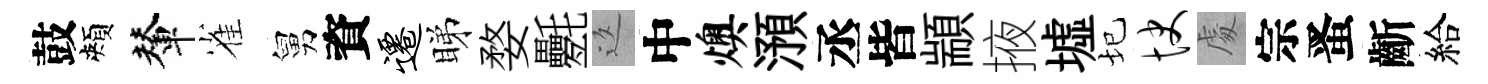
鼓頰輦雀舅資迁睇婺氎返中燠澦丞皆顓掖墟圮快䖏宗󱉠齗給